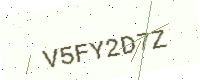
Text: V5FY2D7Z